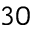
3 0